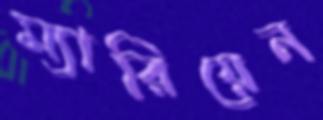
ম্যারিয়েন